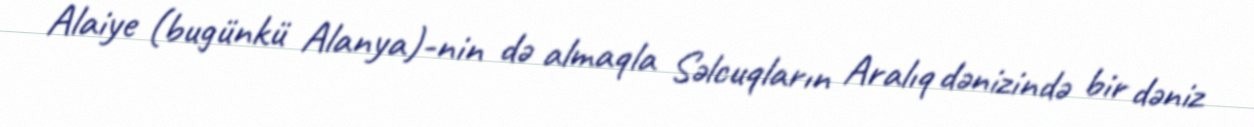
Alaiye (bugünkü Alanya)-nin də almaqla Səlcuqların Aralıq dənizində bir dəniz